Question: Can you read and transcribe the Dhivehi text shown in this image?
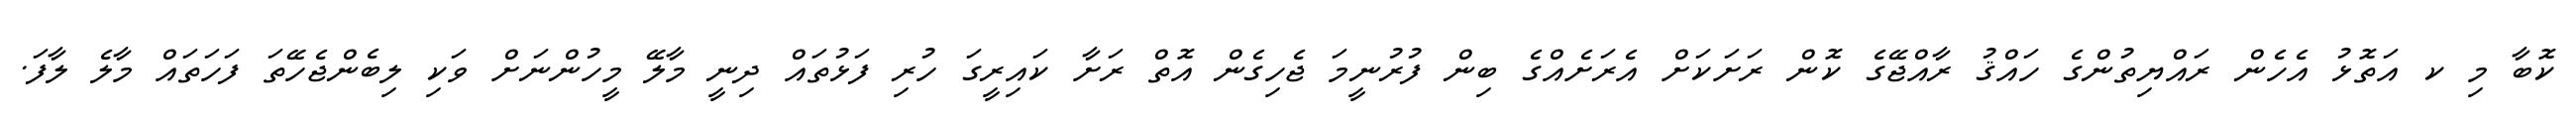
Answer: ކޮބާ މި ކ އަތޮޅު އެހެން ރައްޔިތުންގެ ހައްޤު ރާއްޖޭގެ ކޮން ރަށަކަށް އެރަށެއްގެ ބިން ފުރުނީމަ ޖެހިގެން އޮތް ރަށާ ކައިރީގަ ހުރި ފަޅުތައް ދިނީ މާލޭ މީހުންނަށް ވަކި ލިބެންޖެހޭތަ ފަހަތައް މާލެ ލާފަ.